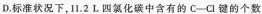
D.标准状况下，11.2L四氯化碳中含有的C—Cl键的个数